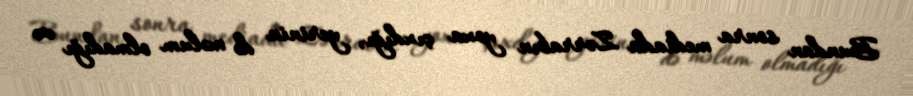
Bundan sonra mediada Zərrabın yoxa çıxdığı, yerinin də məlum olmadığı və